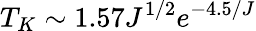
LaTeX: T_{K}\sim 1.57J^{1/2}e^{-4.5/J}